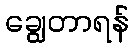
ချွေတာရန်